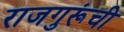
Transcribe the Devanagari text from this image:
राजगुरूंची